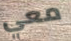
معي